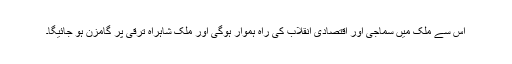
اس سے ملک میں سماجی اور اقتصادی انقلاب کی راہ ہموار ہوگی اور ملک شاہراہ ترقی پر گامزن ہو جائیگا۔